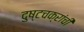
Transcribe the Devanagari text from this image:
दुष्टचक्रांची